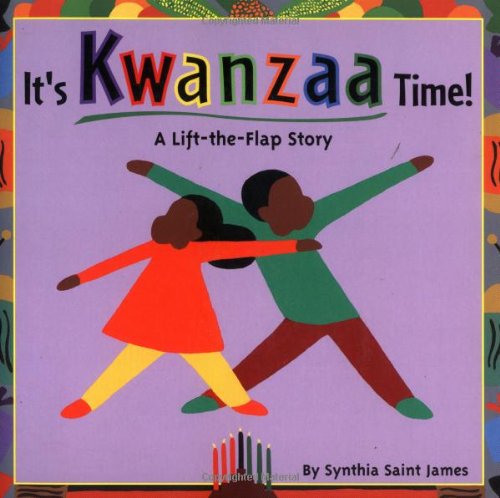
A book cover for It's Kwanzaa Time!: A Lift-the-Flap Story; Synthia Saint James; Children's Books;